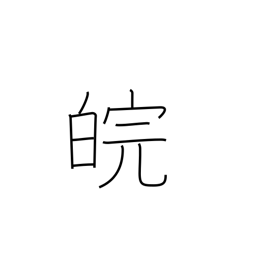
Meaning: Venus